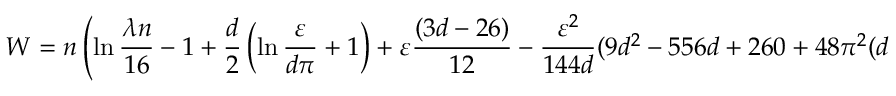
W = n \left( \ln \frac { \lambda n } { 1 6 } - 1 + \frac { d } { 2 } \left( \ln \frac { \varepsilon } { d \pi } + 1 \right) + \varepsilon \frac { ( 3 d - 2 6 ) } { 1 2 } - \frac { \varepsilon ^ { 2 } } { 1 4 4 d } ( 9 d ^ { 2 } - 5 5 6 d + 2 6 0 + 4 8 \pi ^ { 2 } ( d - 1 ) ) \right)